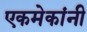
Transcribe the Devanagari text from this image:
एकमेकांनी